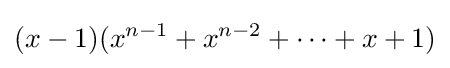
(x-1)(x^{n-1}+x^{n-2}+\cdots +x+1)